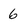
Character: 6